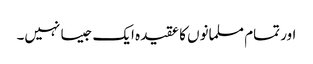
اور تمام مسلمانوں کا عقیدہ ایک جیسا نہیں‌۔